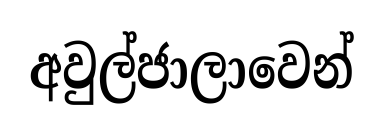
අවුල්ජාලාවෙන්